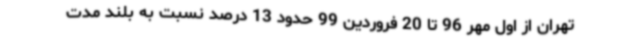
تهران از اول مهر 96 تا 20 فروردین 99 حدود 13 درصد نسبت به بلند مدت